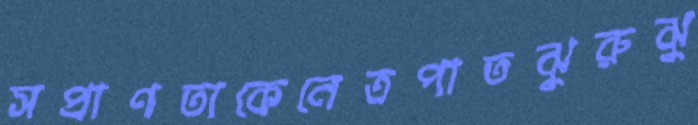
সপ্রাণতাকেনেত্রপাতঝুরুঝু